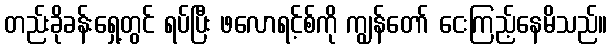
တည်းခိုခန်းရှေ့တွင် ရပ်ပြီး ဖလောရင့်စ်ကို ကျွန်တော် ငေးကြည့်နေမိသည်။